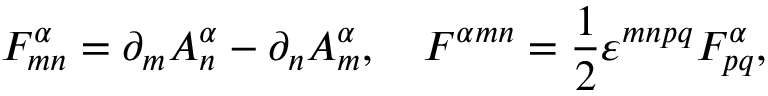
F _ { m n } ^ { \alpha } = \partial _ { m } A _ { n } ^ { \alpha } - \partial _ { n } A _ { m } ^ { \alpha } , \quad { \cal F } ^ { \alpha m n } = \frac { 1 } { 2 } \varepsilon ^ { m n p q } F _ { p q } ^ { \alpha } ,